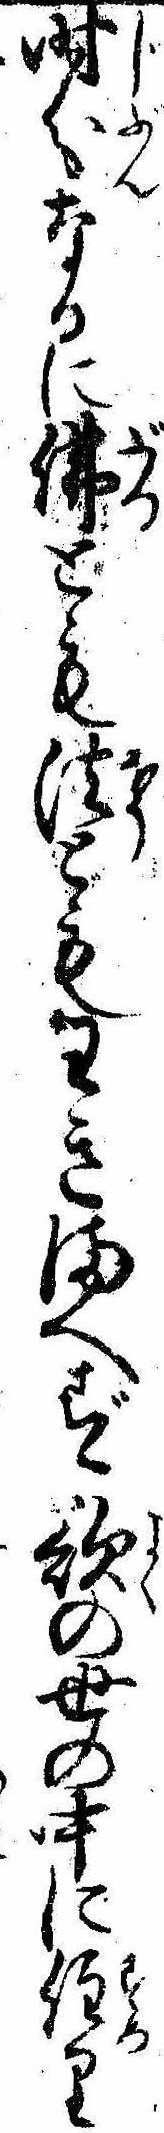
時分なるに仏とも法ともわきまへず欲の世の中に住り